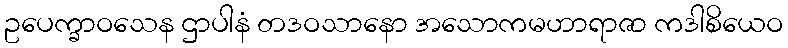
ဥပေက္ခာဝသေန ဌာပါနံ တဒဝသာနော အသောကမဟာရာဇာ ကဒါစိယေဝ